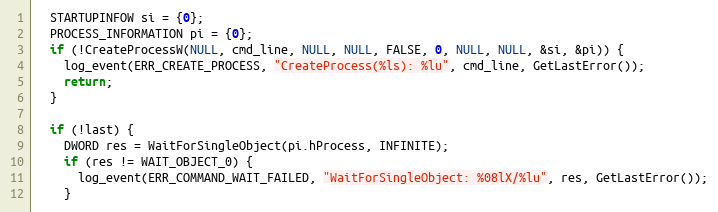
Language: C
  STARTUPINFOW si = {0};
  PROCESS_INFORMATION pi = {0};
  if (!CreateProcessW(NULL, cmd_line, NULL, NULL, FALSE, 0, NULL, NULL, &si, &pi)) {
    log_event(ERR_CREATE_PROCESS, "CreateProcess(%ls): %lu", cmd_line, GetLastError());
    return;
  }

  if (!last) {
    DWORD res = WaitForSingleObject(pi.hProcess, INFINITE);
    if (res != WAIT_OBJECT_0) {
      log_event(ERR_COMMAND_WAIT_FAILED, "WaitForSingleObject: %08lX/%lu", res, GetLastError());
    }